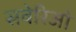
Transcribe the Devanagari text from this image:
सवेरिओ